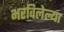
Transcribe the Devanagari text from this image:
भरविलेल्या